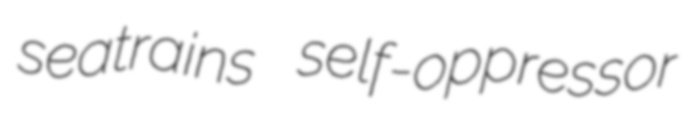
seatrains self-oppressor